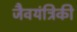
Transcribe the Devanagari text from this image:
जैवयंत्रिकी